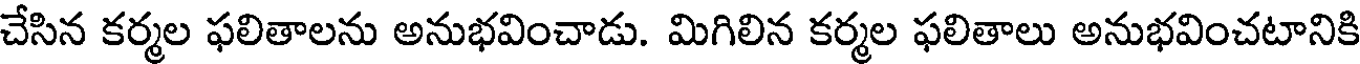
చేసిన కర్మల ఫలితాలను అనుభవించాడు. మిగిలిన కర్మల ఫలితాలు అనుభవించటానికి